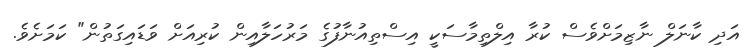
އަދި ކާނަލް ނާޒިމަށްވެސް ކުރާ އިލްތިމާސަކީ އިސްތިއުނާފުގެ މަރުހަލާއިން ކުރިއަށް ވަޑައިގަތުން" ކަމަށެވެ.